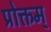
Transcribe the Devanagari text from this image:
प्रोक्तम्